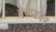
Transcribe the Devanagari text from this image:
ब्रेकेटवर